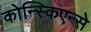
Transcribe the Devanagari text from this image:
कोन्स्किएन्से